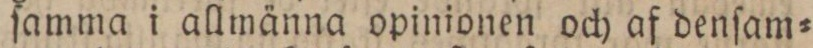
ſamma i allmänna opinionen och af denſam=